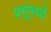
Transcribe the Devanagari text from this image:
प्रभूंमध्ये